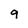
Character: 9